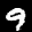
Label: 9